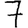
Digit: 7